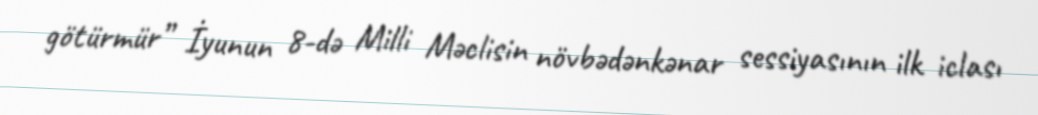
götürmür” İyunun 8-də Milli Məclisin növbədənkənar sessiyasının ilk iclası